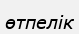
өтпелік